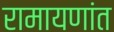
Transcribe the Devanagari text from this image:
रामायणांत